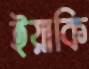
ইয়াকি